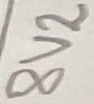
Text: 8V2